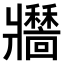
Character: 𤖣